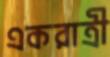
একরাত্রী